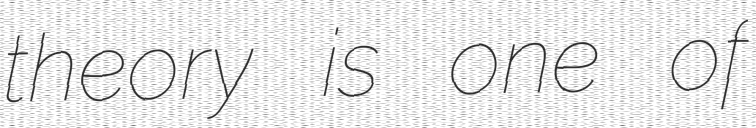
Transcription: theory is one of